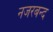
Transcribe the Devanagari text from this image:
नजरबन्‍द